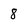
Character: 8